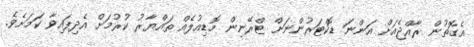
އެގޮތުން ރާއްޖެއަށް އަންނަ ޑޮކްޓަރުންނަށް ޓްރޭނިން މޮޑިއުލެއް ތައްޔާރު ކުރުމަށް އެދިފައިވާ ކަމަށެވެ.